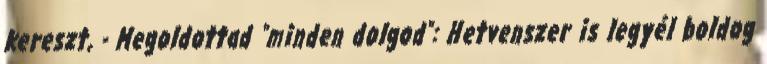
kereszt, - Megoldottad "minden dolgod": Hetvenszer is legyél boldog